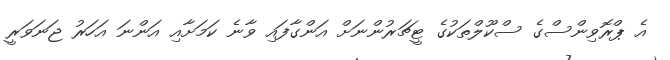
އެ ޕްރޮވިންސްގެ ސްކޫލްތަކުގެ ޓީޗަރުންނަށް އަންގާފައި ވާނެ ކަމަށާއި އަންނަ އަހަރު ޖަނަވަރީ